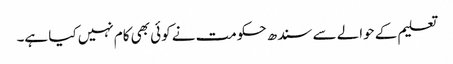
تعلیم کے حوالے سے سندھ حکومت نے کوئی بھی کام نہیں کیا ہے۔